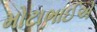
મોટાભાઈએ